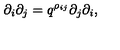
\partial _ { i } \partial _ { j } = q ^ { \rho _ { i j } } \partial _ { j } \partial _ { i } ,